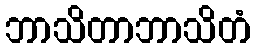
ဘာသိတာဘာသိတံ